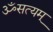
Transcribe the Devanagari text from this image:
ॐसत्यम्